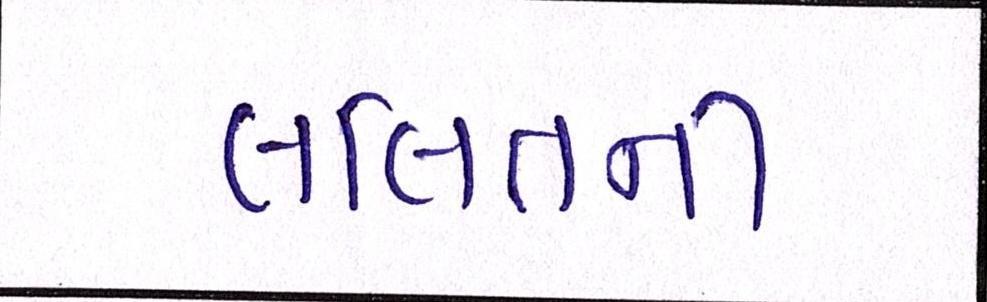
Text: લલિતની